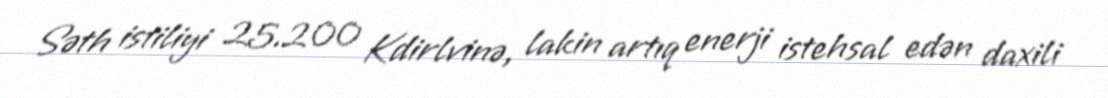
Səth istiliyi 25.200 Kdirlvinə, lakin artıq enerji istehsal edən daxili